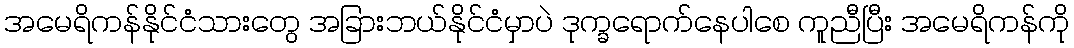
အမေရိကန်နိုင်ငံသားတွေ အခြားဘယ်နိုင်ငံမှာပဲ ဒုက္ခရောက်နေပါစေ ကူညီပြီး အမေရိကန်ကို